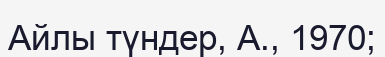
Айлы түндер, А., 1970;